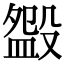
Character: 𣪰